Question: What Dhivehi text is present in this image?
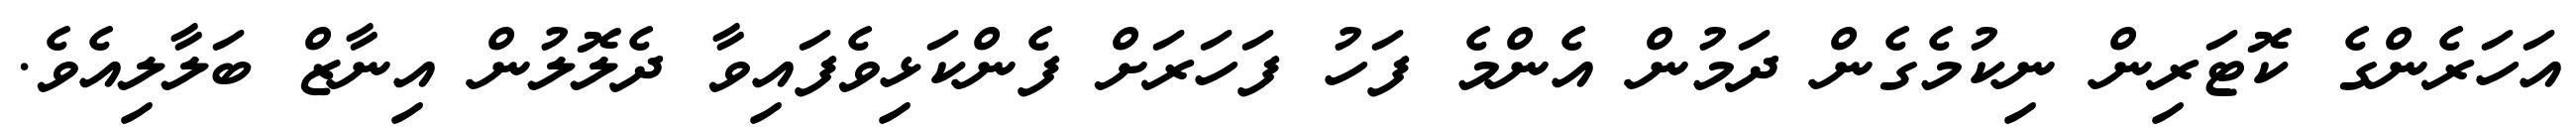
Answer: އަހަރެންގެ ކޮޓަރިން ނިކުމެގެން ދަމުން އެންމެ ފަހު ފަހަރަށް ފެންކަޅިވެފައިވާ ދެލޮލުން އިނާޒް ބަލާލިއެވެ.